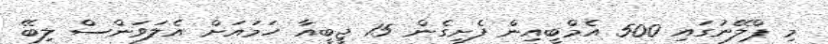
މި ޕްލޭނުގައި 500 އެމްބީއިން ފެށިގެން 15 ޖީބީއާ ހަމައަށް އެލަވަންސް ލިބޭ